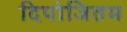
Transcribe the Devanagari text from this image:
दिपोजितम